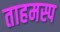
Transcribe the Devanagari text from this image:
ताहमस्प